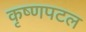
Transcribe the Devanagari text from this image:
कृष्णपटल